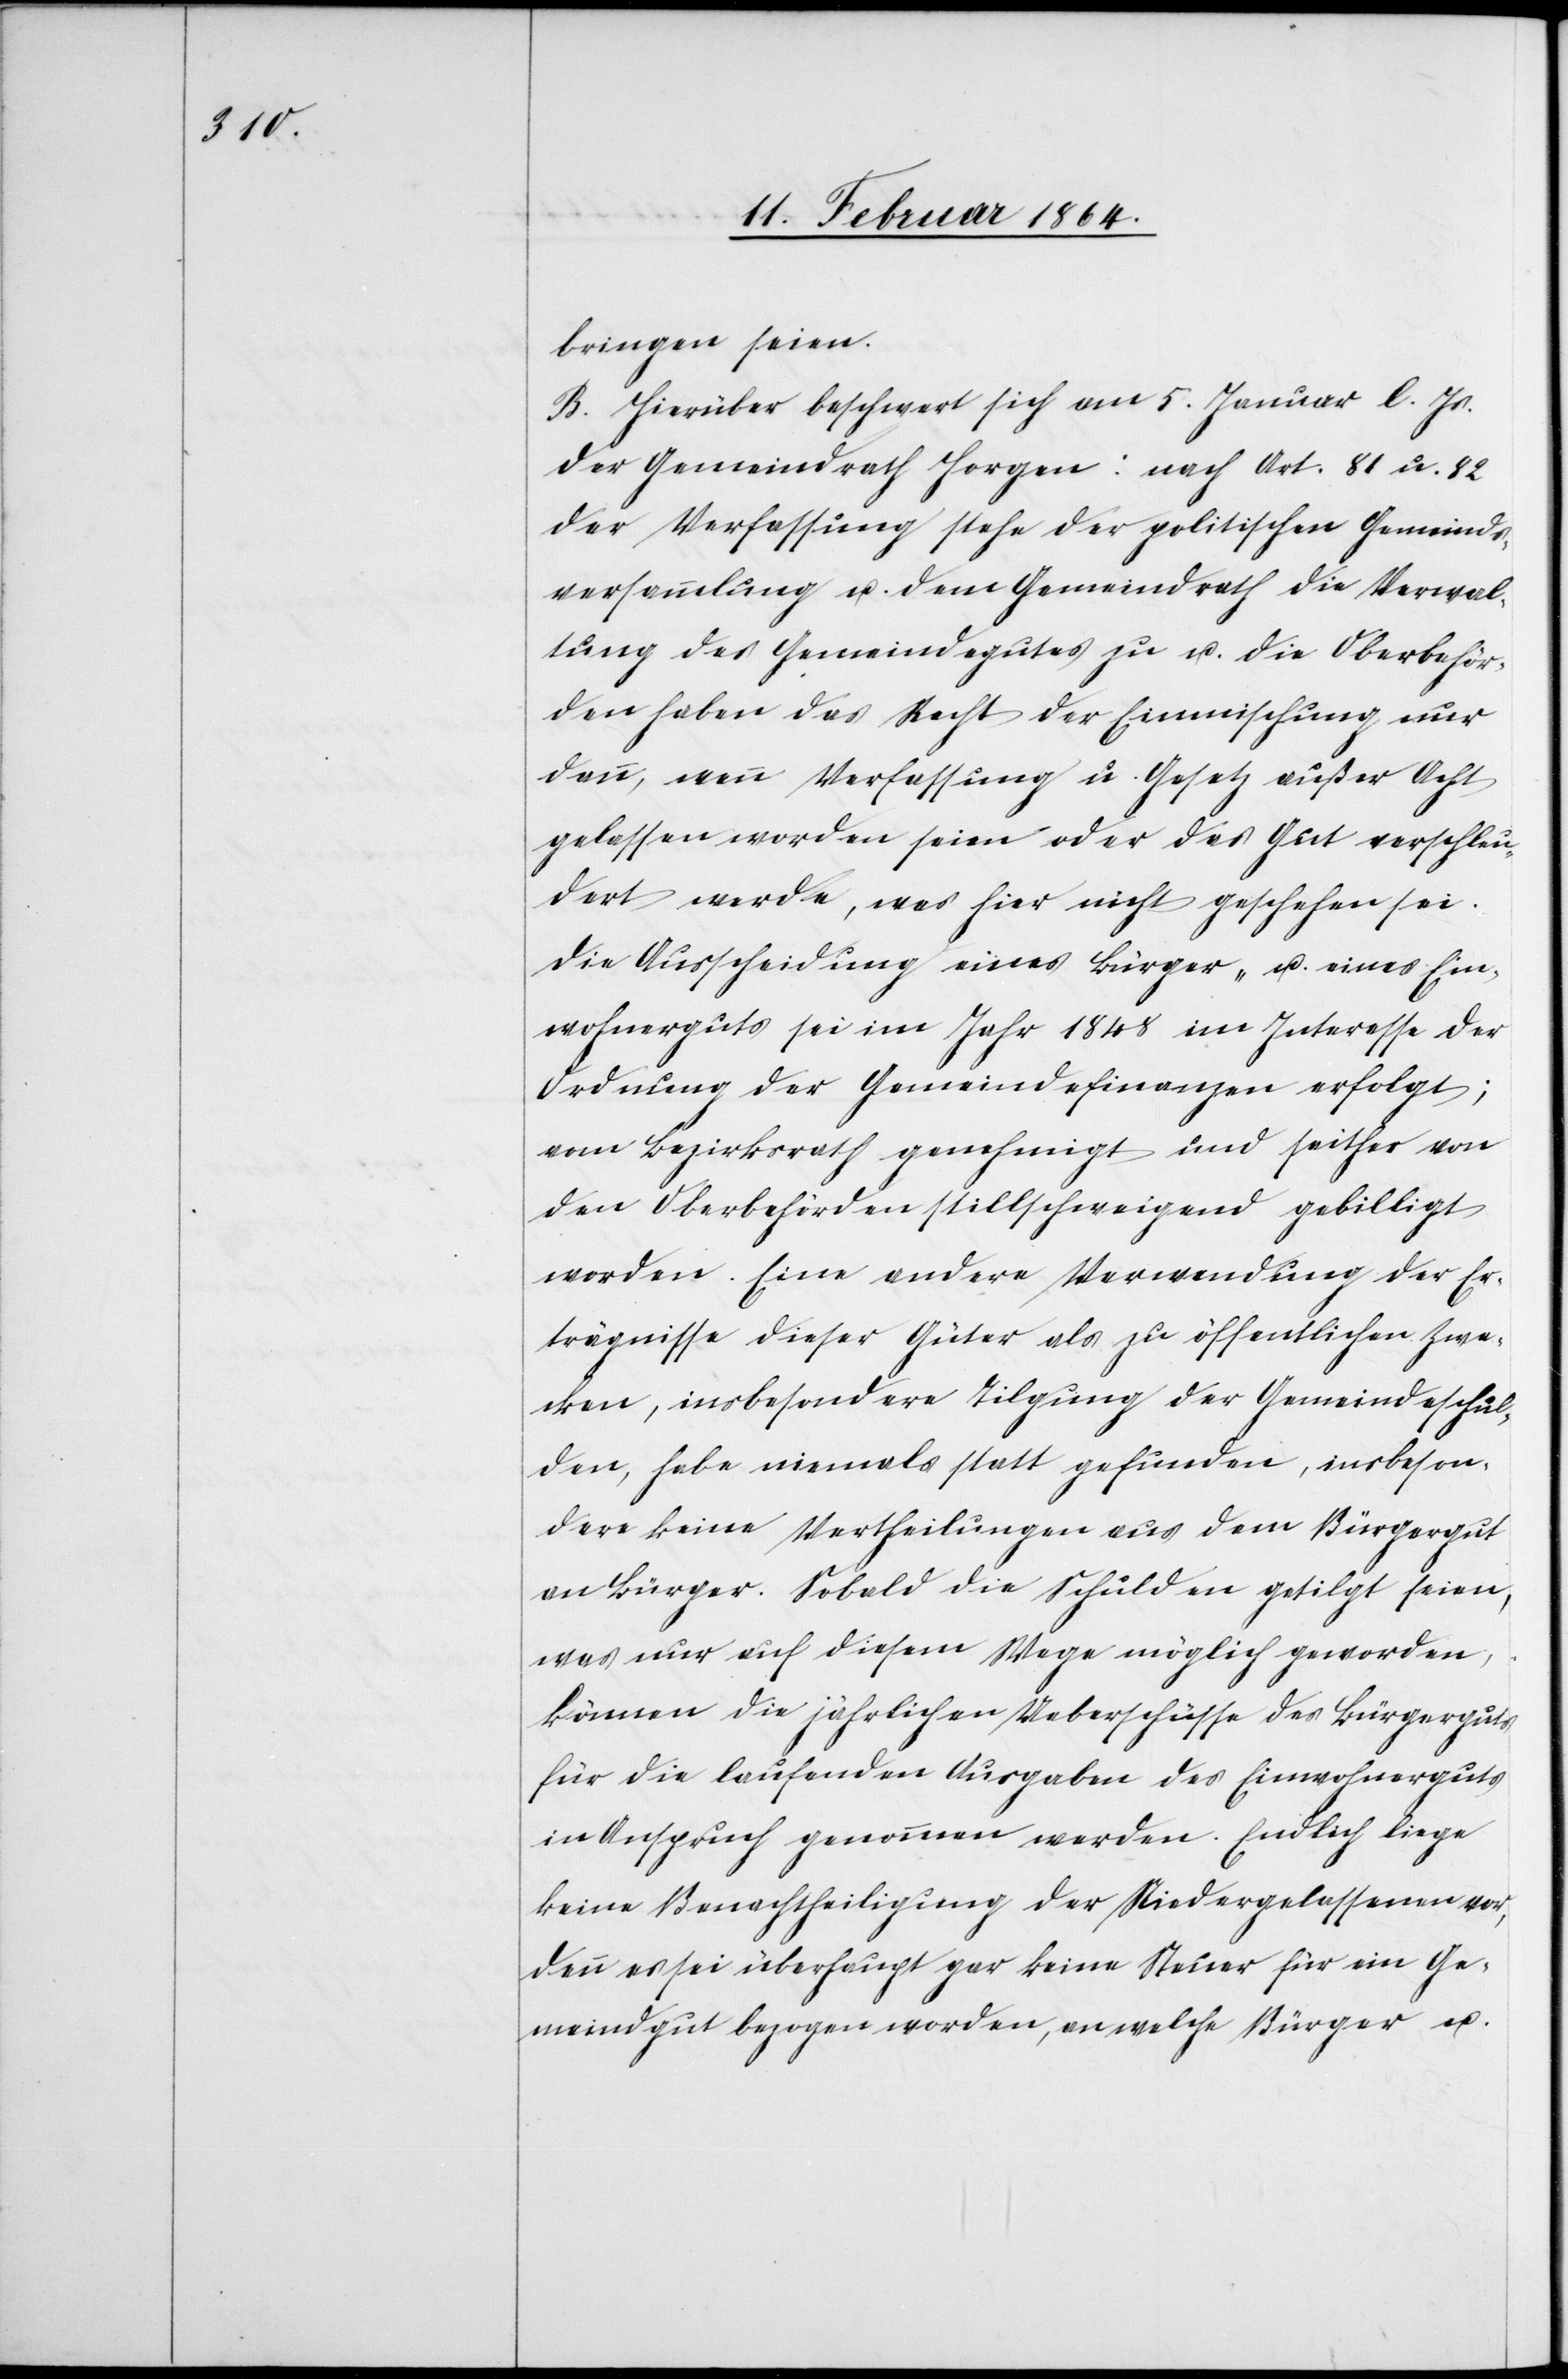
bringen seien.
B. Hierüber beschwert sich am 5. Januar l. Js.
der Gemeindrath Horgen: nach Art. 81 u. 82
der Verfassung stehe der politischen Gemeinds¬
versammlung u. dem Gemeindrath die Verwal¬
tung des Gemeindegutes zu u. die Oberbehör¬
den haben das Recht der Einmischung nur
dann, wenn Verfassung u. Gesetz außer Acht
gelassen worden seien oder das Gut verschleu¬
dert werde, was hier nicht geschehen sei.
Die Ausscheidung eines Bürger- u. eines Ein¬
wohnerguts sei im Jahr 1848 im Interesse der
Ordnung der Gemeindefinanzen erfolgt;
vom Bezirksrath genehmigt und seither von
den Oberbehörden stillschweigend gebilligt
worden. Eine andere Verwendung der Er¬
trägnisse dieser Güter als zu öffentlichen Zwe¬
cken, insbesondere Tilgung der Gemeindeschul¬
den, habe niemals statt gefunden, insbeson¬
dere keine Vertheilungen aus dem Bürgergut
an Bürger. Sobald die Schulden getilgt seien,
was nur auf diesem Wege möglich geworden,
können die jährlichen Ueberschüsse des Bürgerguts
für die laufenden Ausgaben des Einwohnerguts
in Anspruch genommen werden. Endlich liege
keine Benachtheiligung der Niedergelassenen vor,
denn es sei überhaupt gar keine Steuer für ein Ge¬
meindegut bezogen worden, an welche Bürger u.